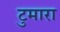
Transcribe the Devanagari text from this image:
टुमारा